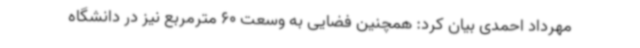
مهرداد احمدی بیان کرد: همچنین فضایی به وسعت 60 مترمربع نیز در دانشگاه